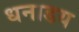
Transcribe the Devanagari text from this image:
धनाडय